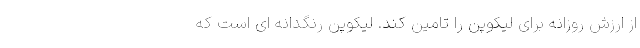
از ارزش روزانه برای لیکوپن را تامین کند. لیکوپن رنگدانه ای است که